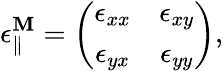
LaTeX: \epsilon_{\parallel}^{\mathbf{M}}=\left(\begin{array}{cc}{\epsilon_{xx}}&{\epsilon_{xy}}\\ {\epsilon_{yx}}&{\epsilon_{yy}}\end{array}\right),